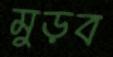
মুড়ব